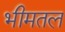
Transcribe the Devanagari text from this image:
भीमतल